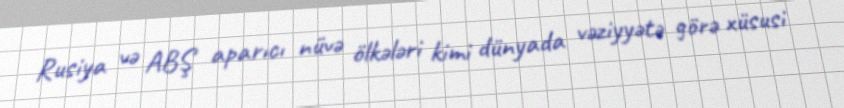
Rusiya və ABŞ aparıcı nüvə ölkələri kimi dünyada vəziyyətə görə xüsusi